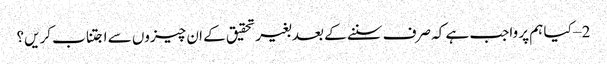
2 – کیا ہم پر واجب ہے کہ صرف سننے کے بعد بغیر تحقیق کے ان چیزوں سے اجتناب کریں؟